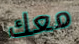
معك